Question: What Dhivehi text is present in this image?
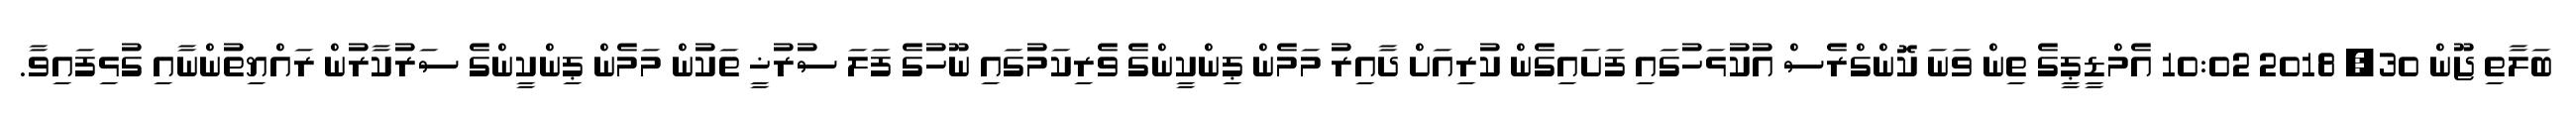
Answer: ބަލާތި ޖޫން 30, 2018 10:02 އެމްޑީޕީގެ ތިން ވަނަ ކޮންގްރެސް އުކުޅަހުގައި ފަށައިގެން ކުރިއަށް ދާއިރު މަމެން ޕިންކީންގެ ވެރިކަމުގައި ނޫހުގެ ފަލަ ސުރުޚީ ތަކުން މަމެން ޕިންކީންގެ ސަރުކާރުން ރައްޔިތުންނާއި ގުޅިފައިވާ.